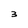
Character: 3